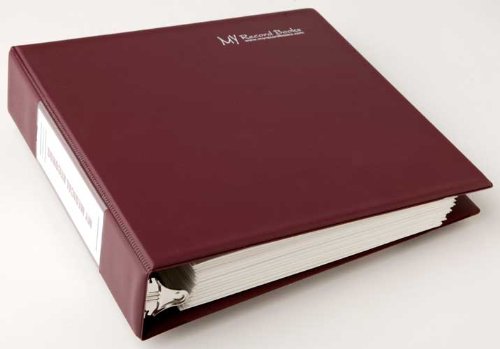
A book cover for Our Medical Records: A Family Health Care Organizer; Beverly Morris; Health, Fitness & Dieting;